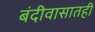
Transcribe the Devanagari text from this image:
बंदीवासातही